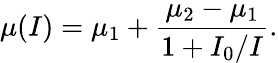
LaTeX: \mu(I)=\mu_{1}+\frac{\mu_{2}-\mu_{1}}{1+I_{0}/I}.